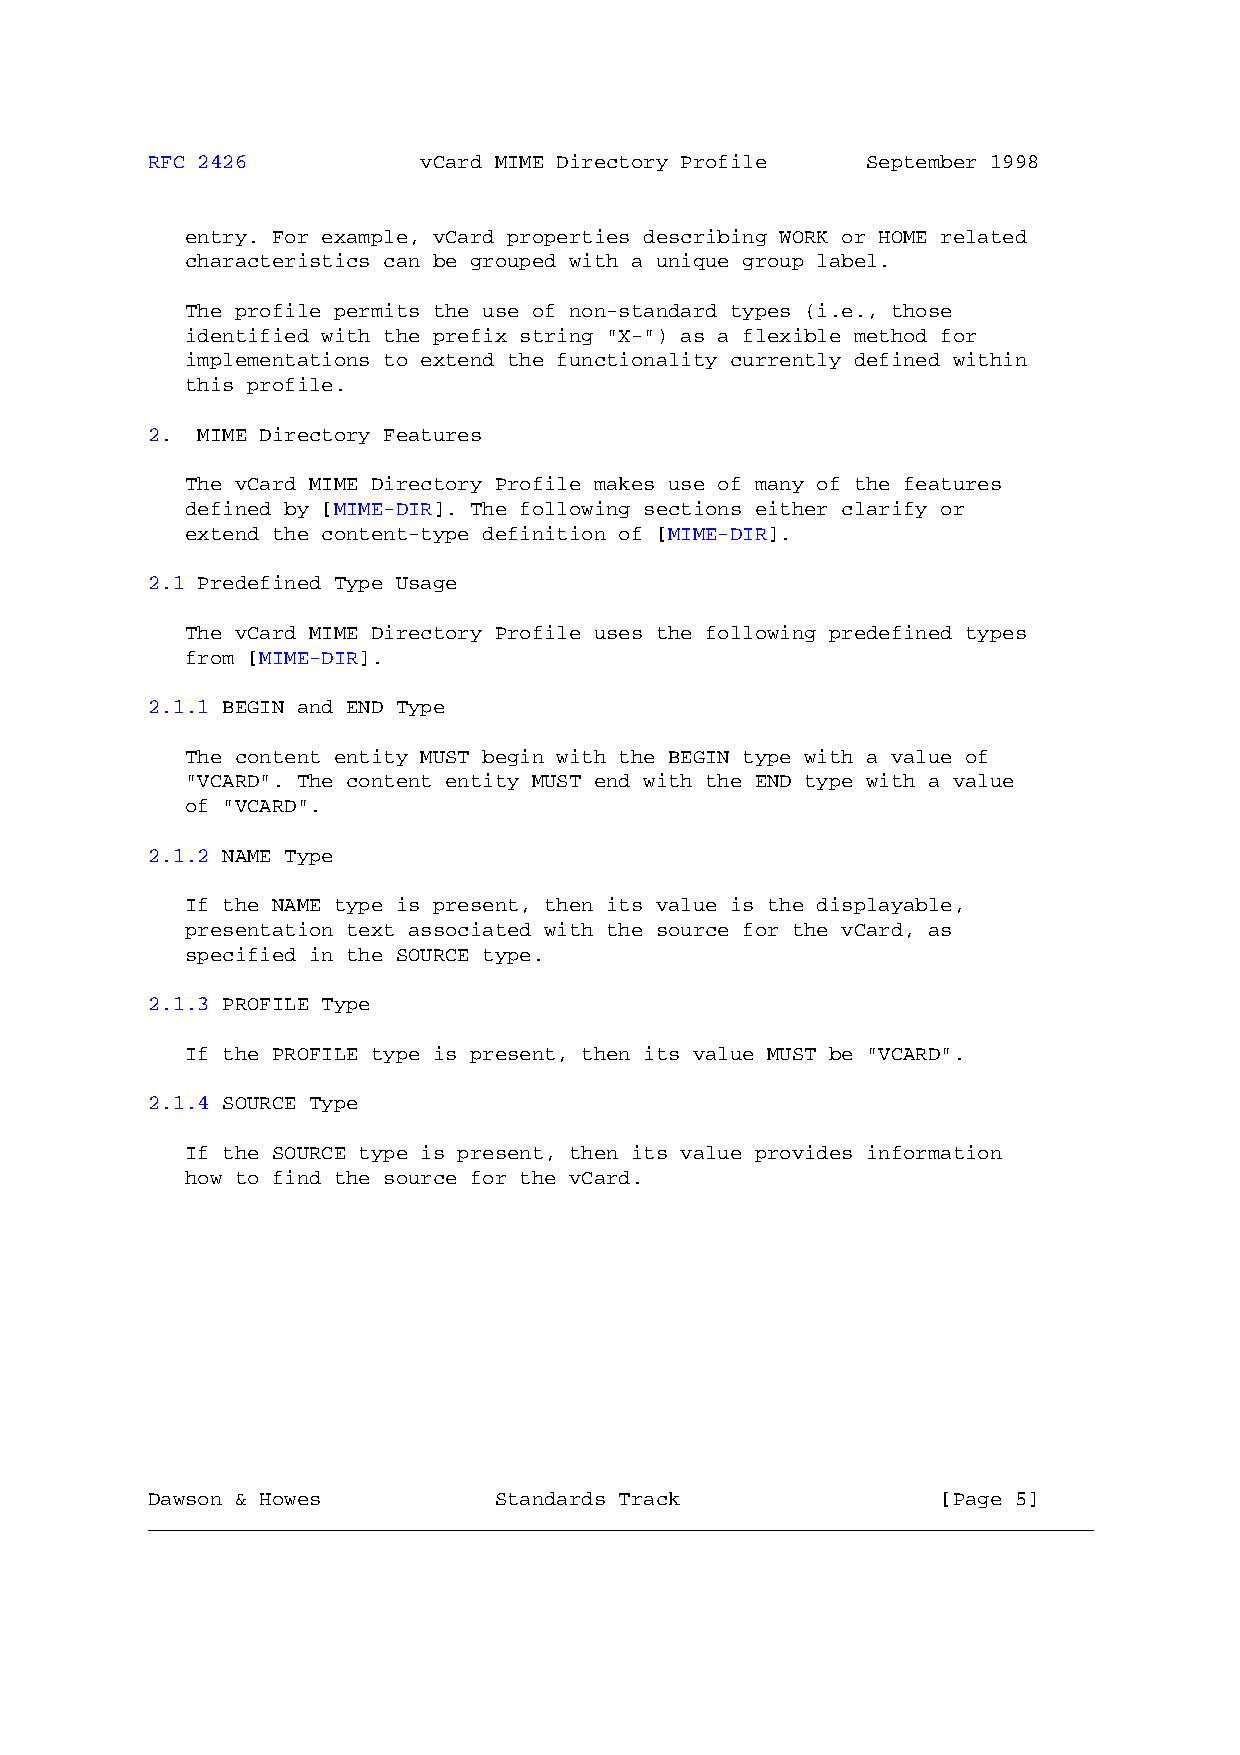
RFC 2426          vCard MIME Directory Profile September 1998
 entry. For example, vCard properties describing WORK or HOME related
 characteristics can be grouped with a unique group label.
 The profile permits the use of non-standard types (i.e., those
 identified with the prefix string "X-") as a flexible method for
 implementations to extend the functionality currently defined within
 this profile.
 2. MIME Directory Features
 The vCard MIME Directory Profile makes use of many of the features
 defined by [MIME-DIR]. The following sections either clarify or
 extend the content-type definition of [MIME-DIR].
 2.1 Predefined Type Usage
 The vCard MIME Directory Profile uses the following predefined types
 from [MIME-DIR].
 2.1.1 BEGIN and END Type
 The content entity MUST begin with the BEGIN type with a value of
 "VCARD". The content entity MUST end with the END type with a value
 of "VCARD".
 2.1.2 NAME Type
 If the NAME type is present, then its value is the displayable,
 presentation text associated with the source for the vCard, as
 specified in the SOURCE type.
 2.1.3 PROFILE Type
 If the PROFILE type is present, then its value MUST be "VCARD".
 2.1.4 SOURCE Type
 If the SOURCE type is present, then its value provides information
 how to find the source for the vCard.
 Dawson & Howes         Standards Track              [Page 5]